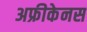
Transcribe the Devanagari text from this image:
अफ्रीकेनस